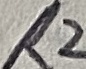
Text: R2